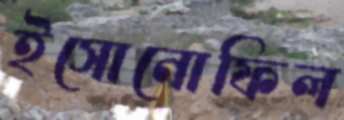
ইসোনোফিল